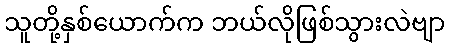
သူတို့နှစ်ယောက်က ဘယ်လိုဖြစ်သွားလဲဗျာ